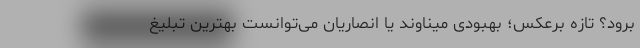
برود؟ تازه برعکس؛ بهبودی میناوند یا انصاریان می‌توانست بهترین تبلیغ